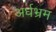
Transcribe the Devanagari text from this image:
अर्धभ्रम